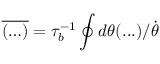
\overline { { ( \ldots ) } } = \tau _ { b } ^ { - 1 } \oint d \theta ( . . . ) / \dot { \theta }